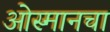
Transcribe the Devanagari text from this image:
ओस्मानचा